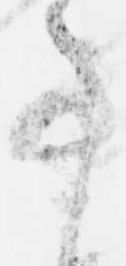
事